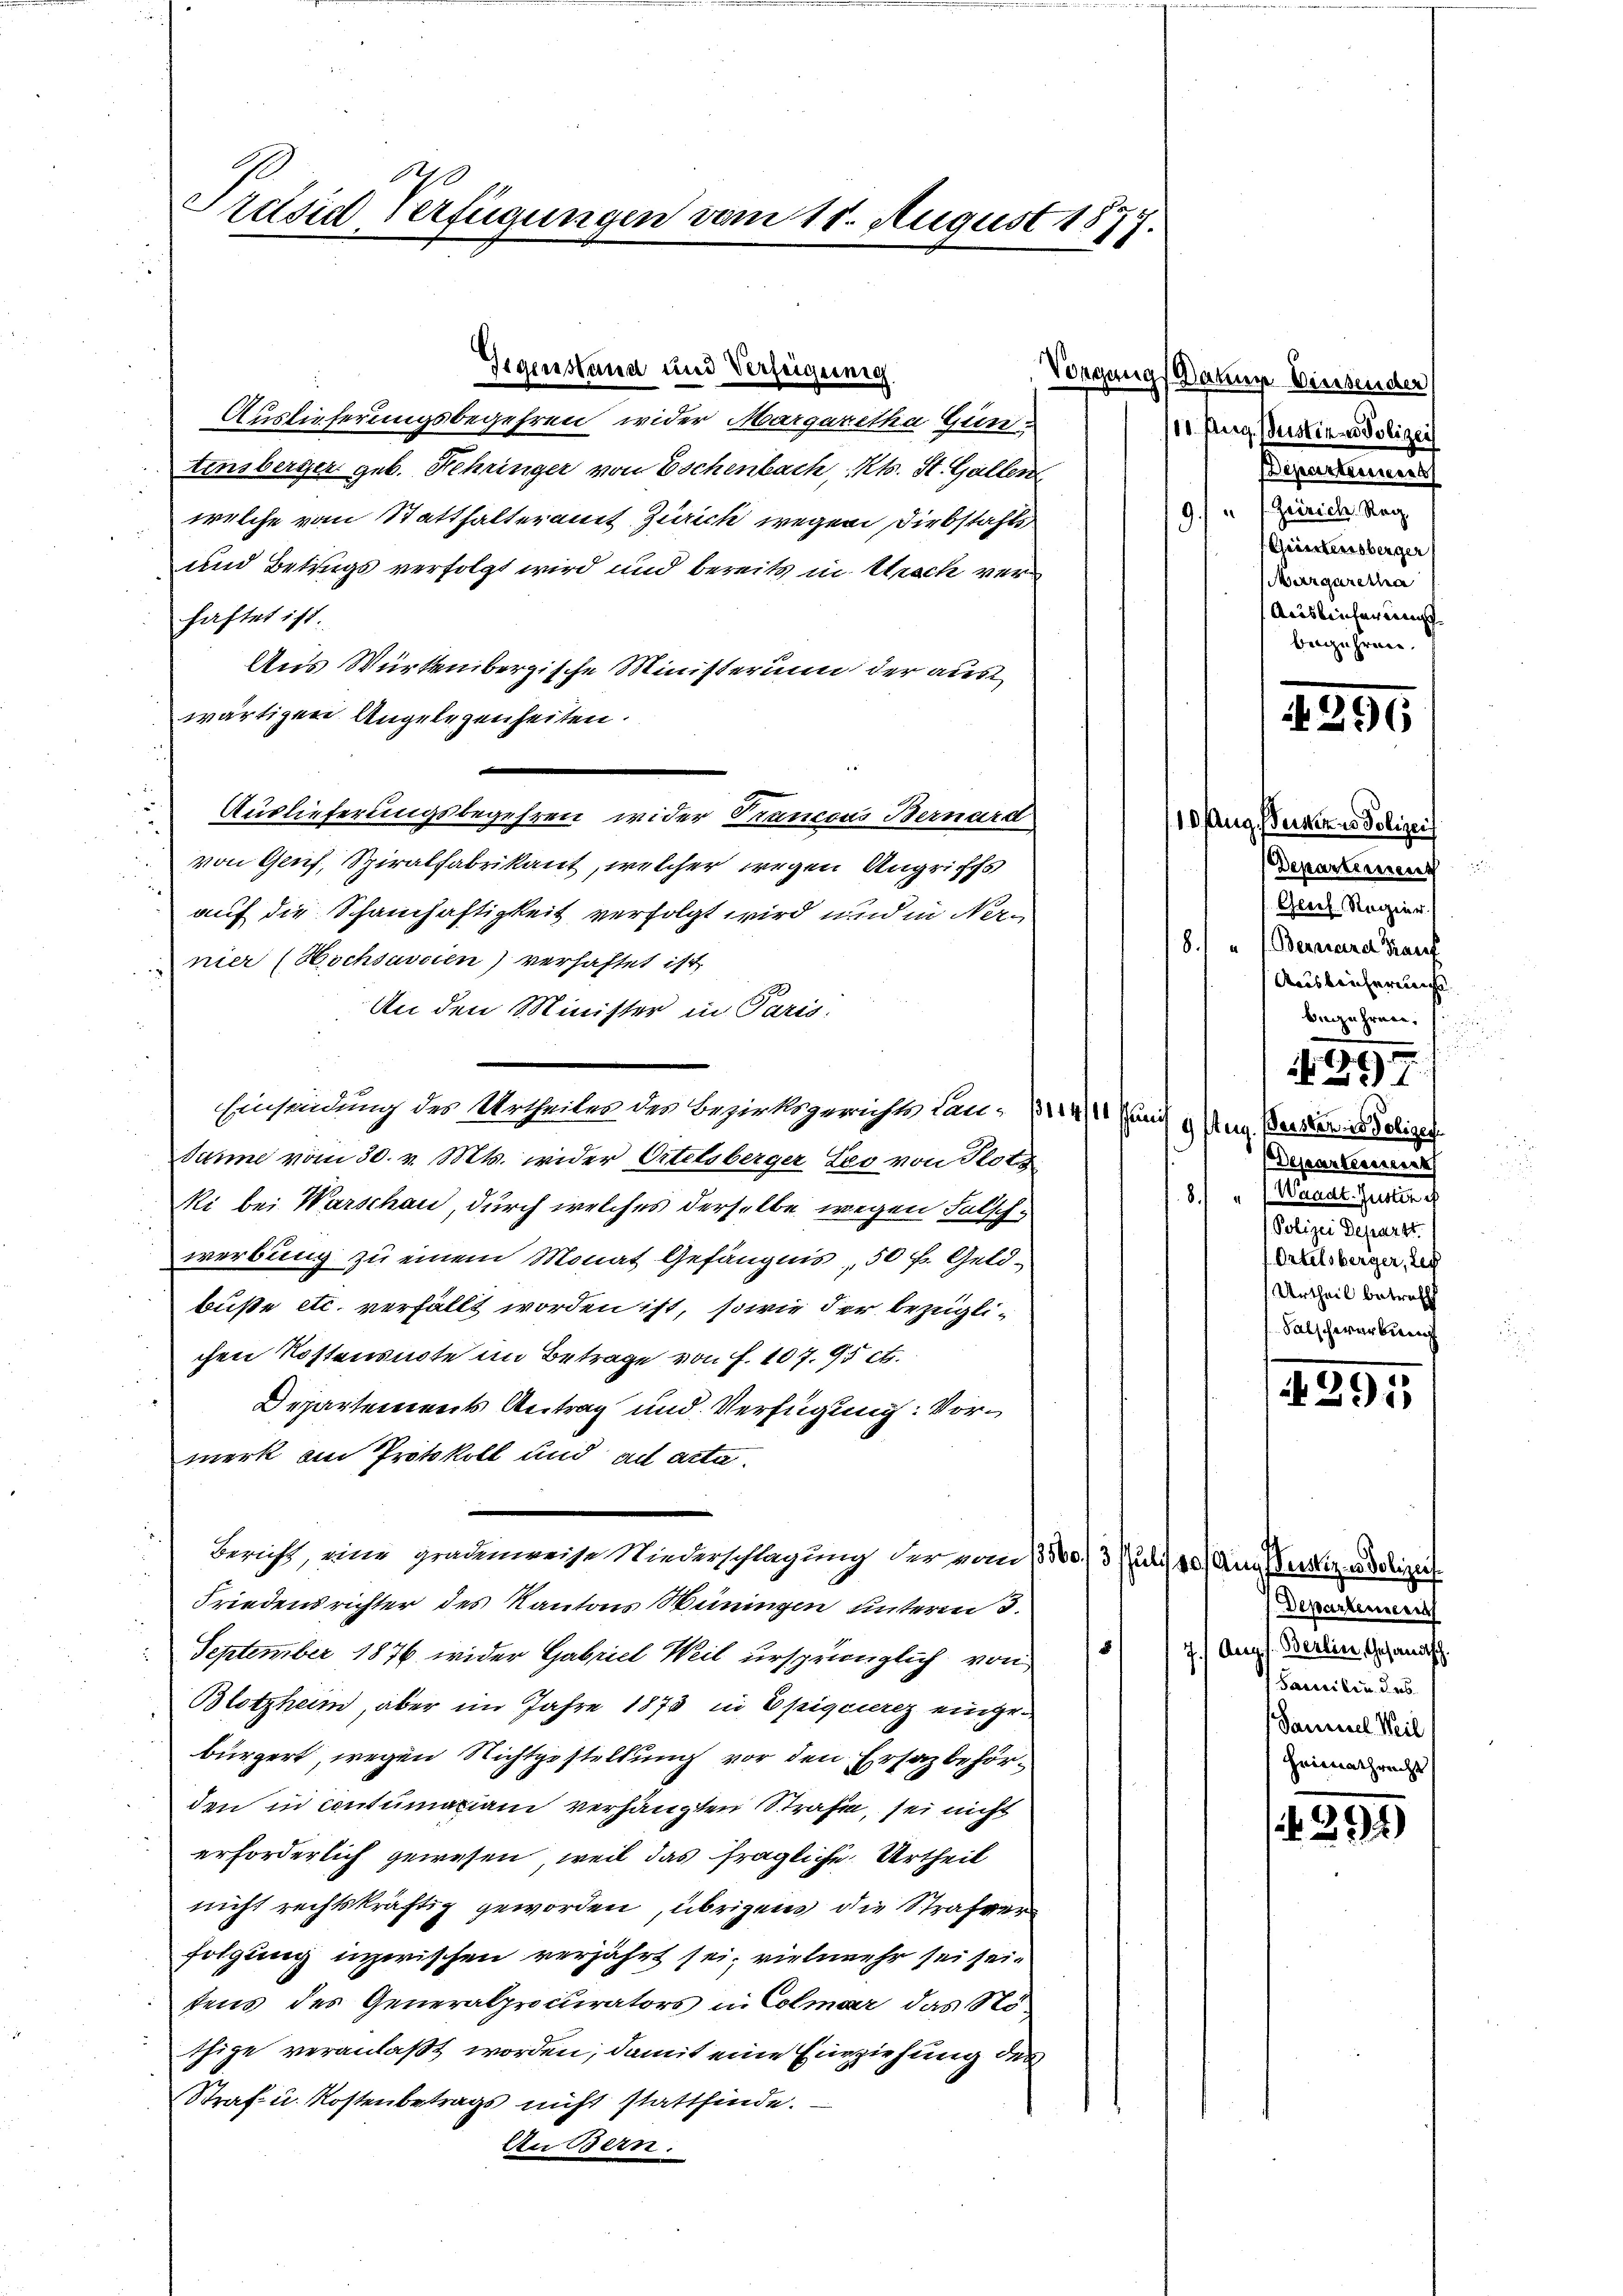
Präsid Verfügungen vom 11. August 187
J.

Gegenstand und Verzeigung

Auslieferungsbegehren wider Margaretha Gien
insberger geb. Fehringer von Eschenbach, Kts. St. Gallen
welche vom Statthalteramt Zürich wegen Diebstafts
und Betrugs verfolgt wird und bereits in Ursch verhaftet ist.
Aus Württembergische Ministerum der aus
wärtigen Angelegenheiten.
Auslieferungsbegehren wider Trancons Bernard
.
von Genf, Spiralfabrikant, welcher wegen Angriffs
auf die Schanhaftigkeit verfolgt wird und in Ner¬
8
nier (Hochsavcien) verhaftet ist,
An den Minister in Paris.
Einsendung des Urtheiles des Bezirksgerichts lan- und
Janne vom 30. v. Mts. wider Ortelsberger Leo von Plots
1.8.
ki bei Warschau, durch welches derselbe wegen Falschwerbung zu einem Monat Gefängnis, 50 f. Geldbuße etc. verfällt worden ist, sowie der bezüglichen Kostensnote im Betrage von f. 107. 95 et.
Departements Antrag und Verfügung: Vormerk am Protokoll und ad acta.
Bericht, eine gradenweise Wiederschlagung der vom 13560/3 Juli 10) Aus Justiz, ad lizei¬
Friedensrichter des Kantons Wüningen unterm 3.
5
September 1876 wider Gabriel Weil ursprünglich von
Blotzheim, aber im Jahre 1873 in Epiquierez eingen
bürgert, wegen Nichtgestellung vor den Ersazbehörden in contumaciani verhängten Strafen, sei nicht
erforderlich gewesen, weil das fragliche Urtheil
nicht rechtskräftig geworden, übrigen die Strafver
folgung inzwischen verjährt sei, vielmehr sei sein
tens des Generalprocurators in Colmar, das Nöthige veranlaßt worden, damit eine Einziehung des
Straf u. Kostenbetrags nicht stattfinde.
An Bern.

d

Vorgang Datum Diesender
110. pag. Justiz- u Polizei
Departement
e
Zeirich Reg
.
Cheintensberger
Margaretha
Auslieferungsbegehren.

Aug. einer Polizei
Departement
Geoil Rozier
et
Bernard Kauf
Ausleicherung
berühren, s
e

1

4296

Aug. Beister in Foligen
Dejasstesssess
" (Waadt. Justin e
Polizei Depart.
Ortelsberger, Rech
Urtheil betreff
Falschwerbung

4295

Departement
7.) Anges. Berlin, Gesandtsch.
Sacriten des
Samuel Weil,
Heimathrecht

1395